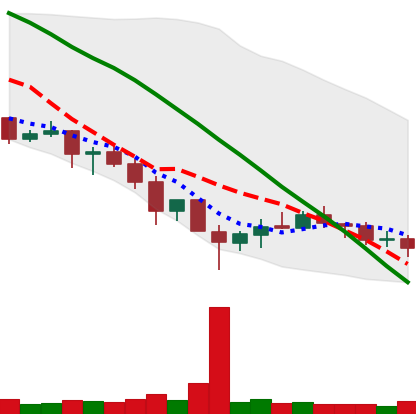
Ticker: XRP-USD
Chart end date: 2019-12-04
Forward return: 4.208%
Label: up_3_5